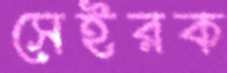
সেইরক